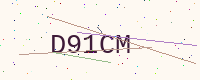
Text: D91CM